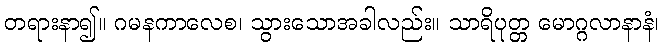
တရားနာ၍။ ဂမနကာလေစ၊ သွားသောအခါလည်း။ သာရိပုတ္တ မောဂ္ဂလာနာနံ၊